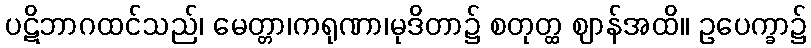
ပဋိဘာဂထင်သည်၊ မေတ္တာ၊ကရုဏာ၊မုဒိတာ၌ စတုတ္ထ ဈာန်အထိ။ ဥပေက္ခာ၌